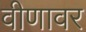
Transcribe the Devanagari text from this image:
वीणावर